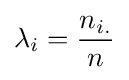
\lambda _{i}={\frac {n_{i.}}{n}}